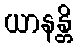
ယာနန္တိ